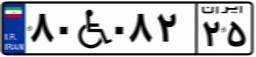
۸۰W۰۸۲۲۵